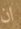
ان